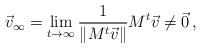
LaTeX: \begin{align*}\vec{v}_{\infty}=\lim_{t \to \infty} \frac{1}{\|M^t \vec v\|} M^t \vec v\neq \vec 0\, ,\end{align*}